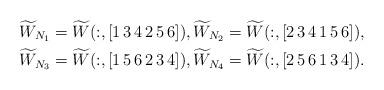
LaTeX: \begin{align*}\widetilde{W}_{N_1}=\widetilde{W}( :, [1\, 3 \, 4 \, 2 \, 5 \, 6]),\widetilde{W}_{N_2}=\widetilde{W}( :, [2\, 3 \, 4 \, 1 \, 5 \, 6]),\\\widetilde{W}_{N_3}=\widetilde{W}( :, [1\, 5 \, 6 \, 2 \, 3 \, 4]),\widetilde{W}_{N_4}=\widetilde{W}( :, [2\, 5 \, 6 \, 1 \, 3 \, 4]).\end{align*}